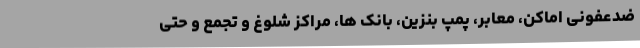
ضدعفونی اماکن، معابر، پمپ بنزین، بانک ها، مراکز شلوغ و تجمع و حتی